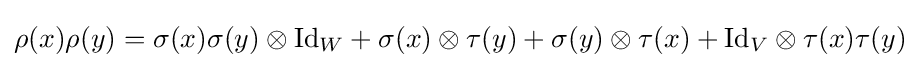
\rho (x)\rho (y)=\sigma (x)\sigma (y)\otimes {\mbox{Id}}_{W}+\sigma (x)\otimes \tau (y)+\sigma (y)\otimes \tau (x)+{\mbox{Id}}_{V}\otimes \tau (x)\tau (y)